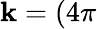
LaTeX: \mathbf{k}=(4\pi